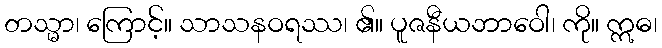
တသ္မာ၊ ကြောင့်။ သာသနဝရဿ၊ ၏။ ပူဇနီယဘာဝေါ၊ ကို။ ဣဓ၊